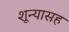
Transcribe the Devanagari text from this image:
शून्यासह